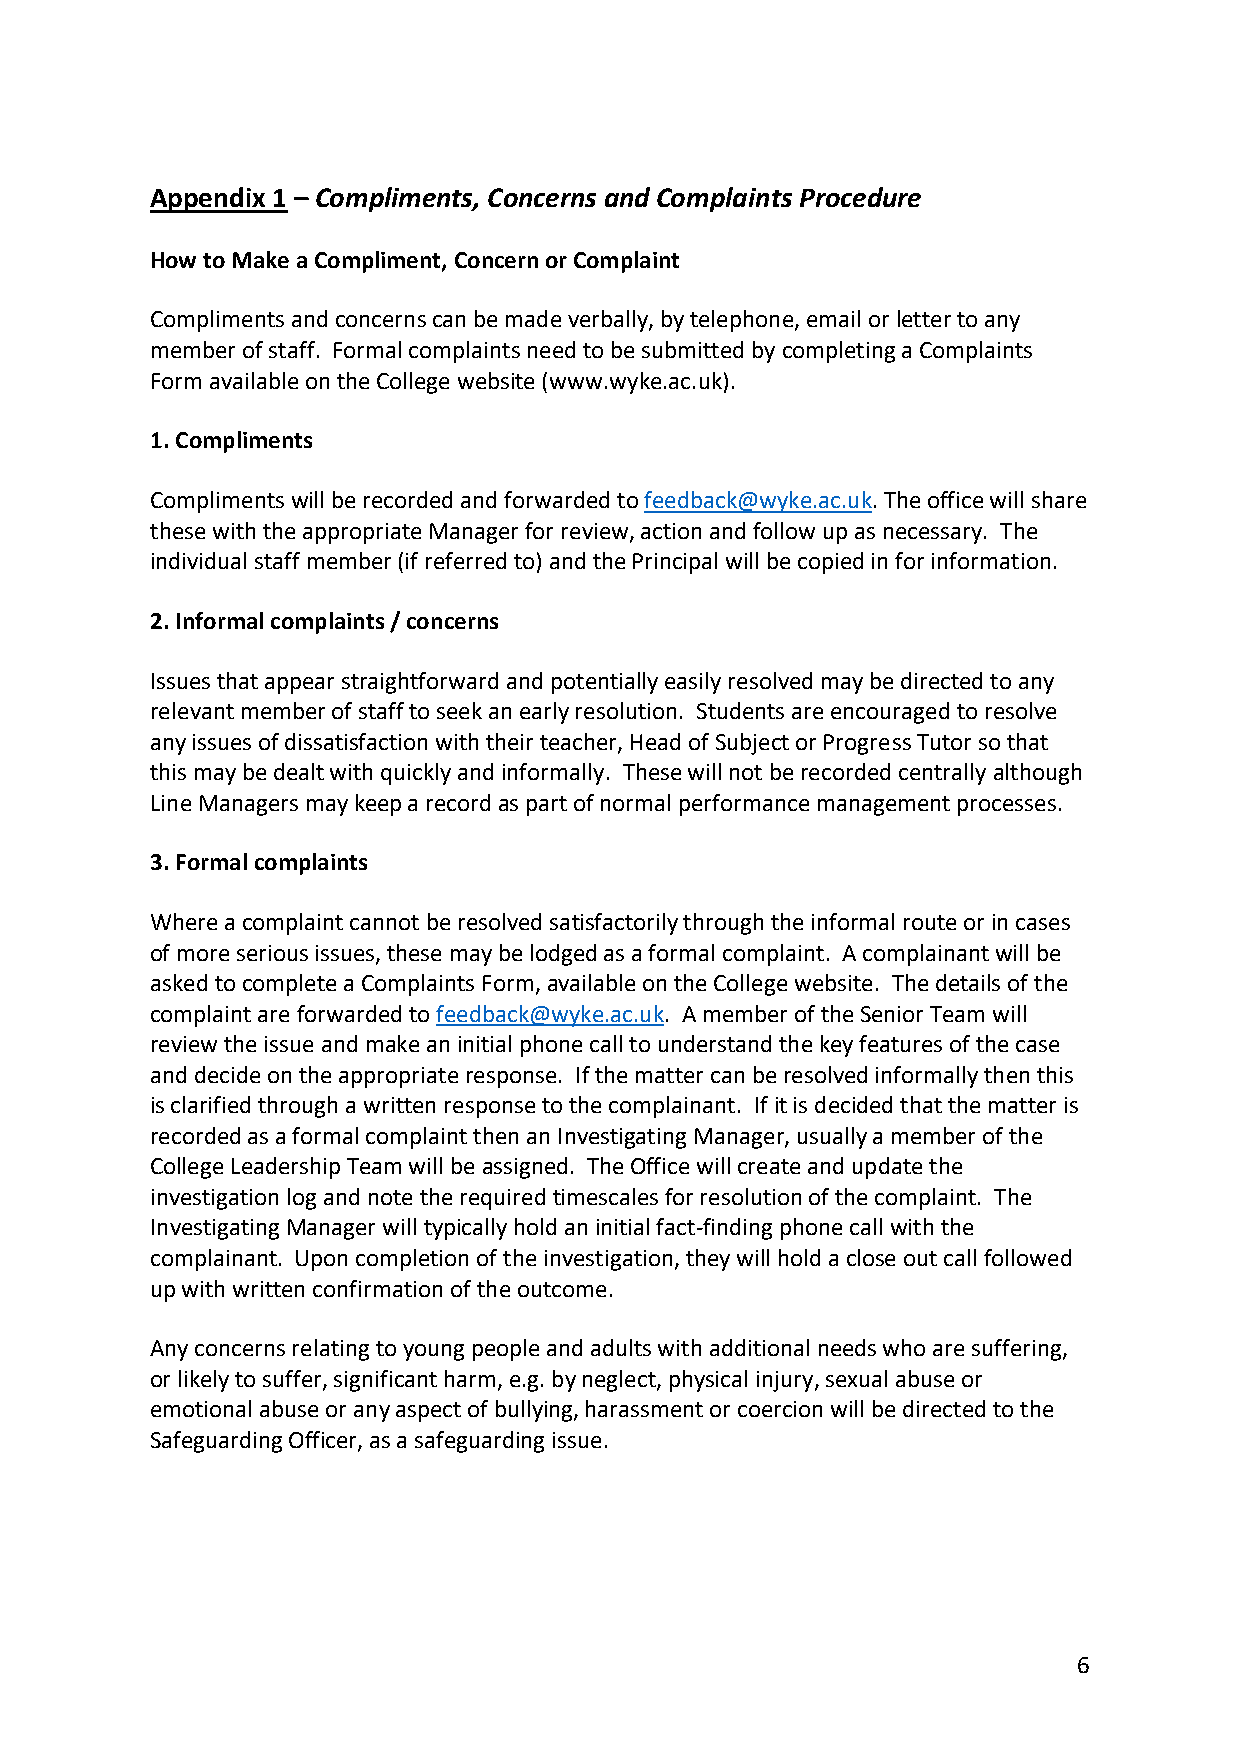
Appendix 1 – Compliments, Concerns and Complaints Procedure
 How to Make a Compliment, Concern or Complaint
 Compliments and concerns can be made verbally, by telephone, email or letter to any
 member of staff. Formal complaints need to be submitted by completing a Complaints
 Form available on the College website (www.wyke.ac.uk).
 1. Compliments
 Compliments will be recorded and forwarded to feedback@wyke.ac.uk. The office will share
 these with the appropriate Manager for review, action and follow up as necessary. The
 individual staff member (if referred to) and the Principal will be copied in for information.
 2. Informal complaints / concerns
 Issues that appear straightforward and potentially easily resolved may be directed to any
 relevant member of staff to seek an early resolution. Students are encouraged to resolve
 any issues of dissatisfaction with their teacher, Head of Subject or Progress Tutor so that
 this may be dealt with quickly and informally. These will not be recorded centrally although
 Line Managers may keep a record as part of normal performance management processes.
 3. Formal complaints
 Where a complaint cannot be resolved satisfactorily through the informal route or in cases
 of more serious issues, these may be lodged as a formal complaint. A complainant will be
 asked to complete a Complaints Form, available on the College website. The details of the
 complaint are forwarded to feedback@wyke.ac.uk. A member of the Senior Team will
 review the issue and make an initial phone call to understand the key features of the case
 and decide on the appropriate response. If the matter can be resolved informally then this
 is clarified through a written response to the complainant. If it is decided that the matter is
 recorded as a formal complaint then an Investigating Manager, usually a member of the
 College Leadership Team will be assigned. The Office will create and update the
 investigation log and note the required timescales for resolution of the complaint. The
 Investigating Manager will typically hold an initial fact-finding phone call with the
 complainant. Upon completion of the investigation, they will hold a close out call followed
 up with written confirmation of the outcome.
 Any concerns relating to young people and adults with additional needs who are suffering,
 or likely to suffer, significant harm, e.g. by neglect, physical injury, sexual abuse or
 emotional abuse or any aspect of bullying, harassment or coercion will be directed to the
 Safeguarding Officer, as a safeguarding issue.
 6